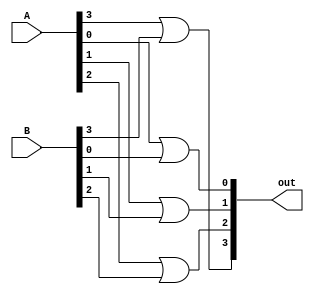
module OR_gate4(
input [3:0]A,
input [3:0]B,
output [3:0]out
    );
    
    or O1(out[0],A[0],B[0]);
    or O2(out[1],A[1],B[1]);
    or O3(out[2],A[2],B[2]);
    or O4(out[3],A[3],B[3]);
    
endmodule